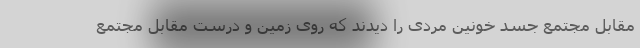
مقابل مجتمع جسد خونین مردی را دیدند که روی زمین و درست مقابل مجتمع